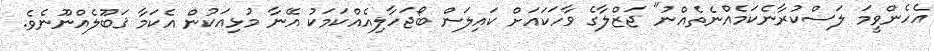
އެހެންވީމަ ލަސްކުރާނެކަމެއްނެތެއްނު" ޖަޒްލާގެ ވާހަކައަށް ކައިލަން ބޯޖަހާލިއެއްކަމަކު އޭނާ މުޅިއަކުން އެކަމާ ޤަބޫލެއްނޫނެވެ.